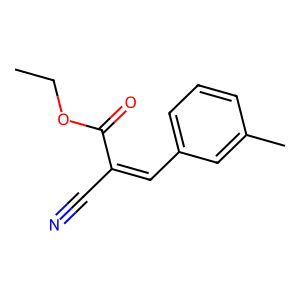
SMILES: CCOC(=O)C(C#N)=Cc1cccc(C)c1
Inhibits HIV replication: No